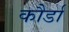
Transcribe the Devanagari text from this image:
कौर्डा